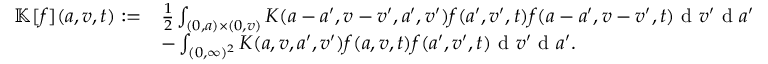
\begin{array} { r l } { \mathbb { K } [ f ] ( a , v , t ) : = } & { \frac { 1 } { 2 } \int _ { ( 0 , a ) \times ( 0 , v ) } K ( a - a ^ { \prime } , v - v ^ { \prime } , a ^ { \prime } , v ^ { \prime } ) f ( a ^ { \prime } , v ^ { \prime } , t ) f ( a - a ^ { \prime } , v - v ^ { \prime } , t ) \textup { d } v ^ { \prime } \textup { d } a ^ { \prime } } \\ & { - \int _ { ( 0 , \infty ) ^ { 2 } } K ( a , v , a ^ { \prime } , v ^ { \prime } ) f ( a , v , t ) f ( a ^ { \prime } , v ^ { \prime } , t ) \textup { d } v ^ { \prime } \textup { d } a ^ { \prime } . } \end{array}